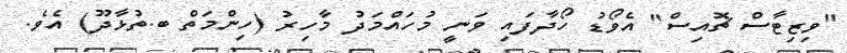
"ވިޒިޓާސް ޗޮއިސް" އެވޯޑު ހޯދާފައި ވަނީ މުހައްމަދު މާހިރު (ހިންމަތް ބ.ތުޅާދޫ) އެވެ.